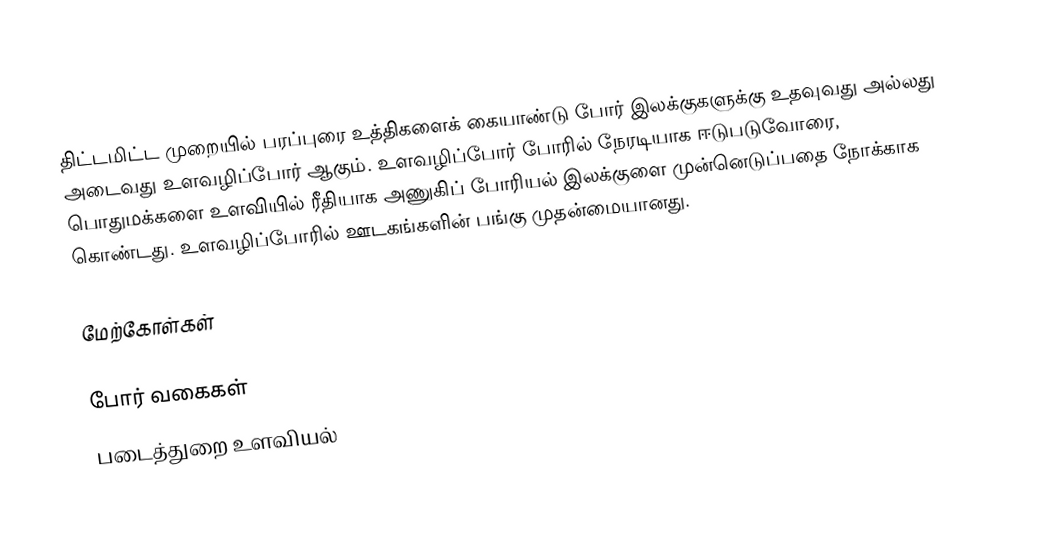
திட்டமிட்ட முறையில் பரப்புரை உத்திகளைக் கையாண்டு போர் இலக்குகளுக்கு உதவுவது அல்லது அடைவது உளவழிப்போர் ஆகும்.  உளவழிப்போர் போரில் நேரடியாக ஈடுபடுவோரை, பொதுமக்களை உளவியில் ரீதியாக அணுகிப் போரியல் இலக்குளை முன்னெடுப்பதை நோக்காக கொண்டது. உளவழிப்போரில் ஊடகங்களின் பங்கு முதன்மையானது.

மேற்கோள்கள்

போர் வகைகள்
படைத்துறை உளவியல்